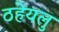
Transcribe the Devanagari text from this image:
ठहेयलु